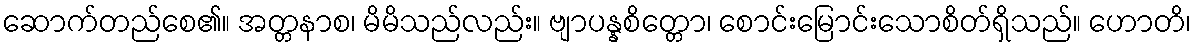
ဆောက်တည်စေ၏။ အတ္တနာစ၊ မိမိသည်လည်း။ ဗျာပန္နစိတ္တော၊ စောင်းမြောင်းသောစိတ်ရှိသည်။ ဟောတိ၊